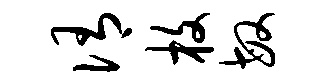
侑枚敏